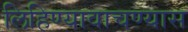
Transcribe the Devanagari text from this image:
लिहिण्यावाचण्यास